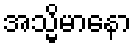
အသ္မိမာနော